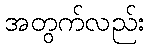
အတွက်လည်း